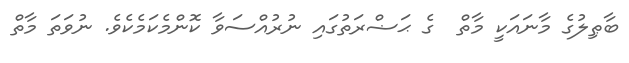
ބާޠިލުގެ މާނައަކީ މާތް  ގެ ޙަޟްރަތުގައި ނުރުއްސަވާ ކޮންމެކަމެކެވެ. ނުވަތަ މާތް